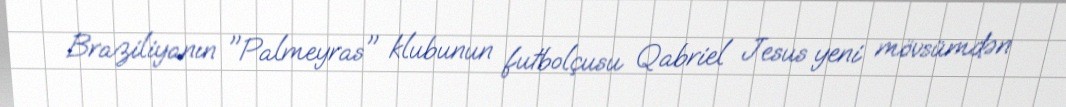
Braziliyanın "Palmeyras" klubunun futbolçusu Qabriel Jesus yeni mövsümdən